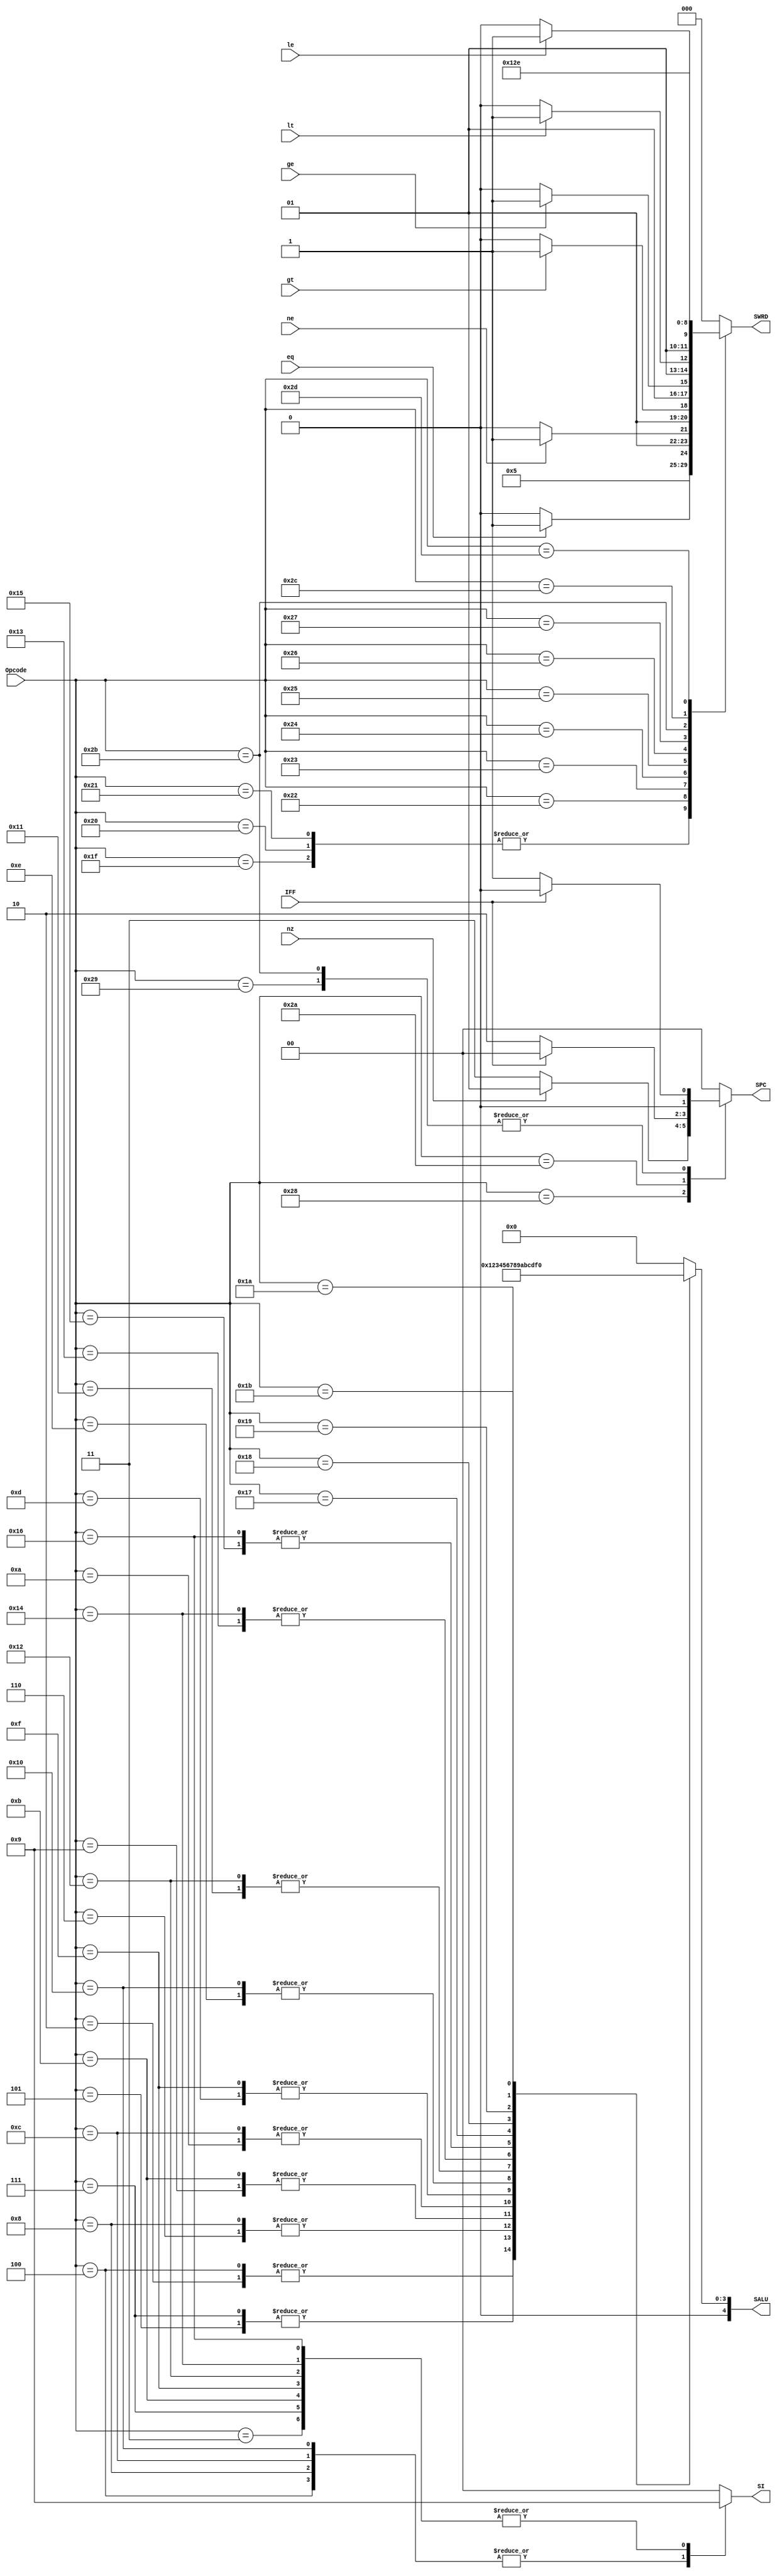
module CPU_Controller_2(input [5:0]Opcode,input eq,ne,gt,ge,lt,le,nz,IFF,output reg [4:0]SALU,output reg [2:0]SWRD,output reg [1:0]SI,SPC);
  always @(Opcode,eq,ne,gt,ge,lt,le,nz,IFF) begin
    begin SALU=5'h0;SWRD=3'h0;SI=2'h0;SPC=2'h0; end
    case(Opcode)
      //6'h0:
      6'h1:begin SALU=5'h0;SI=2'h0; end
      6'h2:begin SALU=5'h1;SI=2'h0; end
      6'h3:begin SALU=5'h0;SI=2'h1; end
      6'h4:begin SALU=5'h1;SI=2'h2; end
      //************************************************************************
      6'h5:begin SALU=5'h2;SI=2'h0; end
      6'h6:begin SALU=5'h3;SI=2'h0; end
      6'h7:begin SALU=5'h2;SI=2'h1; end
      6'h8:begin SALU=5'h3;SI=2'h2; end
      //************************************************************************
      6'h9:begin SALU=5'h4;SI=2'h0; end
      6'hA:begin SALU=5'h5;SI=2'h0; end
      6'hB:begin SALU=5'h4;SI=2'h1; end
      6'hC:begin SALU=5'h5;SI=2'h2; end
      //************************************************************************
      6'hD:begin SALU=5'h6;SI=2'h0; end
      6'hE:begin SALU=5'h7;SI=2'h0; end
      6'hF:begin SALU=5'h6;SI=2'h1; end
      6'h10:begin SALU=5'h7;SI=2'h2; end
      //************************************************************************
      6'h11:begin SALU=5'h8;SI=2'h0; end
      6'h12:begin SALU=5'h8;SI=2'h1; end
      6'h13:begin SALU=5'h9;SI=2'h0; end
      6'h14:begin SALU=5'h9;SI=2'h1; end
      6'h15:begin SALU=5'hA;SI=2'h0; end
      6'h16:begin SALU=5'hA;SI=2'h1; end
      6'h17:begin SALU=5'hB;SI=2'h0; end
      //************************************************************************
      6'h18:begin SALU=5'hC; end
      6'h19:begin SALU=5'hD; end
      6'h1A:begin SALU=5'hE; end
      6'h1B:begin SALU=5'hF; end
      //************************************************************************
      //6'h1C:
      //6'h1D:
      //6'h1E:
      6'h1F:begin SWRD=3'h1; end
      6'h20:begin SWRD=3'h1; end
      6'h21:begin SWRD=3'h1; end
      //************************************************************************
      6'h22:begin SWRD=eq?3'h3:3'h2; end
      6'h23:begin SWRD=ne?3'h3:3'h2; end
      6'h24:begin SWRD=gt?3'h3:3'h2; end
      6'h25:begin SWRD=ge?3'h3:3'h2; end
      6'h26:begin SWRD=lt?3'h3:3'h2; end
      6'h27:begin SWRD=le?3'h3:3'h2; end
      //************************************************************************
      6'h28:begin SPC=nz?2'h1:2'h3; end
      //************************************************************************
      6'h29:begin SPC=IFF?2'h0:2'h1; end
      6'h2A:begin SPC=IFF?2'h0:2'h2; end
      6'h2B:begin SWRD=3'h4;SPC=IFF?2'h0:2'h1; end
      //************************************************************************
      6'h2C:begin SWRD=3'h5; end
      6'h2D:begin SWRD=3'h6; end
      //************************************************************************
      //6'h3F:
      default:begin SALU=5'h0;SWRD=3'h0;SI=2'h0;SPC=2'h0; end
    endcase
  end
endmodule